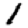
Digit: 1